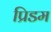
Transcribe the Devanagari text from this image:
प्रिडम